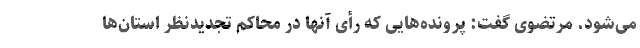
می‌شود. مرتضوی گفت: پرونده‌هایی که رأی آنها در محاکم تجدیدنظر استان‌ها